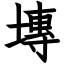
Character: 塼